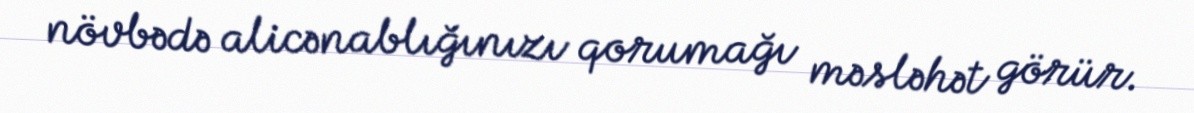
növbədə alicənablığınızı qorumağı məsləhət görür.